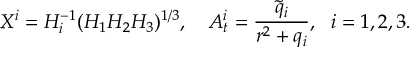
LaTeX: X ^ { i } = H _ { i } ^ { - 1 } ( H _ { 1 } H _ { 2 } H _ { 3 } ) ^ { 1 / 3 } , \ \ \ A _ { t } ^ { i } = \frac { \tilde { q } _ { i } } { r ^ { 2 } + q _ { i } } , \ \ i = 1 , 2 , 3 .